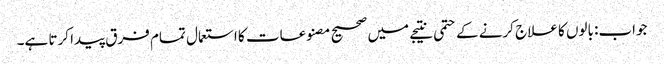
جواب: بالوں کا علاج کرنے کے حتمی نتیجے میں صحیح مصنوعات کا استعمال تمام فرق پیدا کرتا ہے۔